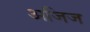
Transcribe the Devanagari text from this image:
अजिज